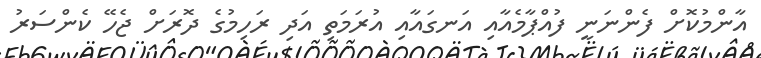
އާންމުކޮށް ފެންނަނީ ފުއްޕާމެއާއި އަނގައާއި އުރަމަތި އަދި ރަހިމުގެ ދޮރަށް ޖެހޭ ކެންސަރު